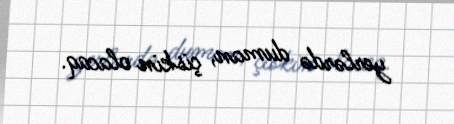
yerlərdə duman, çiskin olacaq.